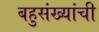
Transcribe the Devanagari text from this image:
बहुसंख्यांची